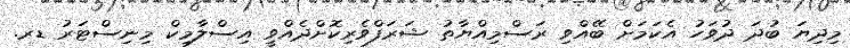
މިދިޔަ ބުދަ ދުވަހު އެކަމަށް ބޭއްވި ރަސްމިއްޔާތު ޝަރަފްވެރިކޮށްދެއްވީ އިސްލާމިކް މިނިސްޓަރު ޑރ.